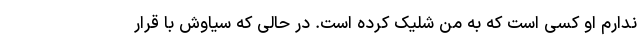
ندارم او کسی است که به من شلیک کرده است. در حالی که سیاوش با قرار